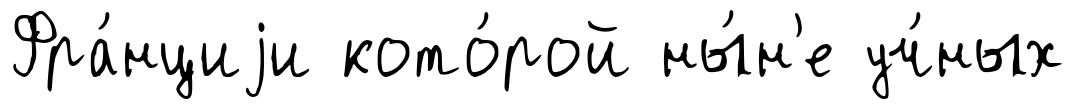
Фра́нциjи кото́рой ны́н'е уч́ных